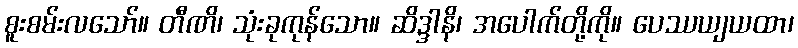
စူးစမ်းလသော်။ တီဏိ၊ သုံးခုကုန်သော။ ဆိဒ္ဒါနိ၊ အပေါက်တို့ကို။ ပေဿယျယထာ၊